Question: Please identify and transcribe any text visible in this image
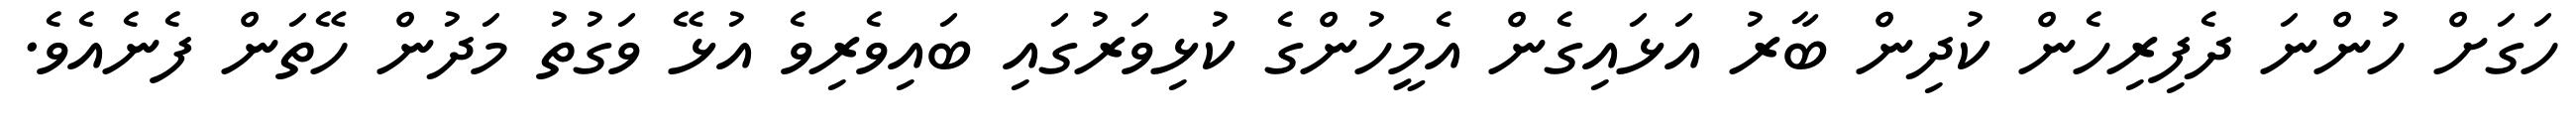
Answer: ހަގަށް ހުންނަ ދެފިރިހެން ކުދިން ބާރު އަޅައިގެން އެމީހުންގެ ކުޅިވަރުގައި ބައިވެރިވެ އުޅޭ ވަގުތު މަދުން ހޭތަން ފެނެއެވެ.